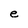
Character: e